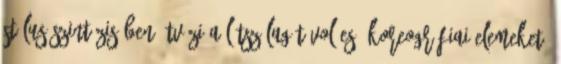
stílus szintézisében ötvözi a látszólag távol eső koreográfiai elemeket.